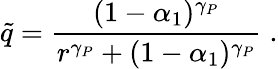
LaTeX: \tilde{q}=\frac{(1-\alpha_{1})^{\gamma_{P}}}{r^{\gamma_{P}}+(1-\alpha_{1})^{\gamma_{P}}}\; .